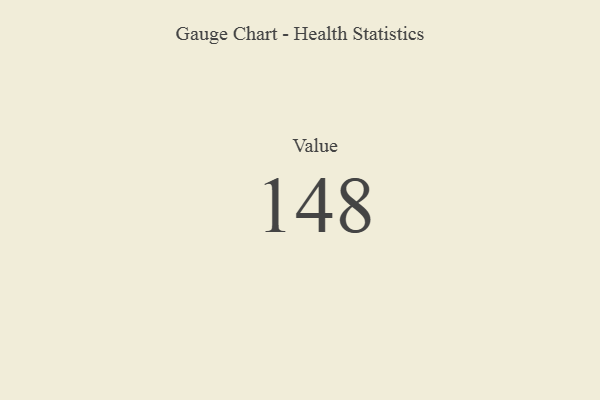
{"axis": {"x": "Metric", "y": "Value"}, "legend": [""], "data": [{"x": "Value", "y": 148, "type": ""}]}